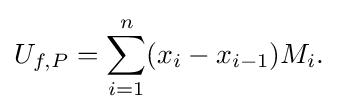
U_{f,P}=\sum _{i=1}^{n}(x_{i}-x_{i-1})M_{i}.\,\!